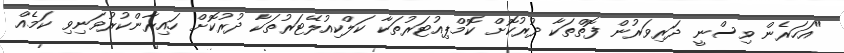
"އަހަރެން ވިސްނީ ދަރިވަރުން ފޮތްތަކާ ދުރުކޮށް ކޮމްޕިއުޓަރުތަކާ ކަލްކިއުލޭޓަރުތަކާ ދުރުކޮށް ހައިރާންކުރުވަނިވި ކަމެއް